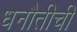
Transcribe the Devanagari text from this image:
धनौतीची